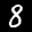
Digit: 8